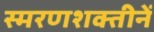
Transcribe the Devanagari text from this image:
स्मरणशक्तीनें